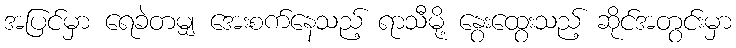
အပြင်မှာ ရေခဲတမျှ အေးစက်နေသည့် ရာသီမို့ နွေးထွေးသည့် ဆိုင်အတွင်းမှာ